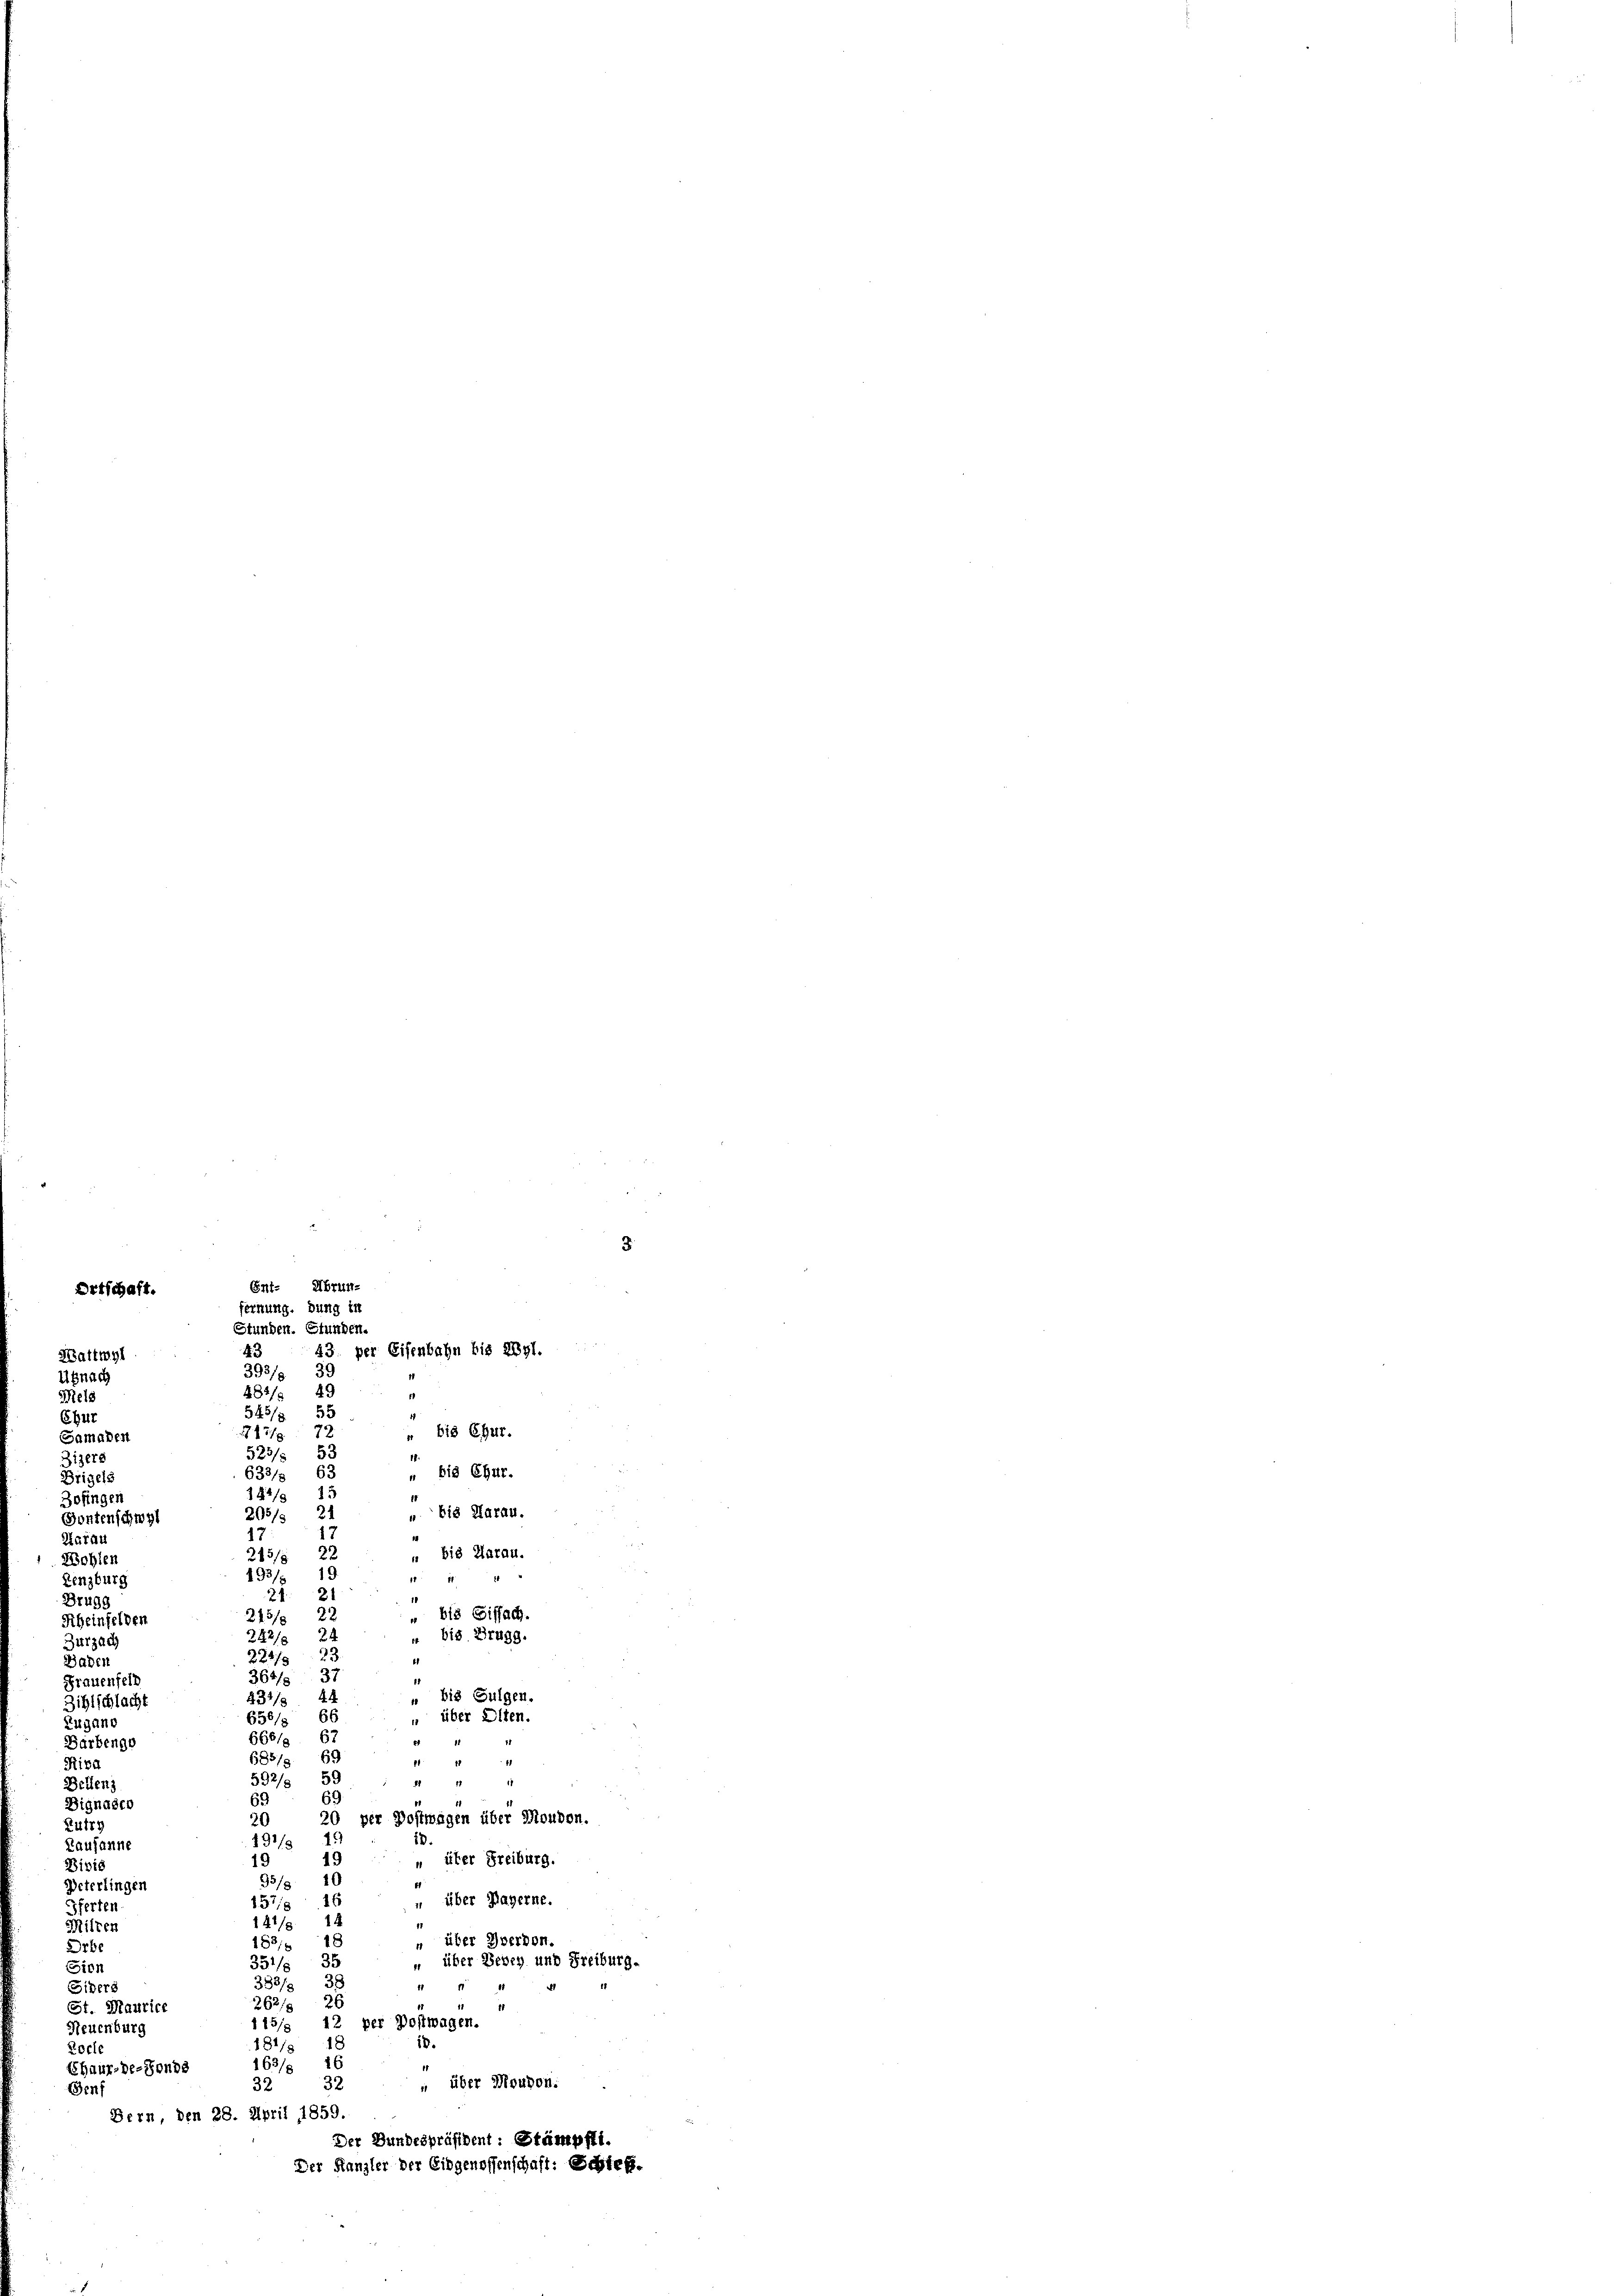
484/9 49
1
Mels
545/3 55
Chur
“ bis Chur.
14.
Bisers
" bis Chur.
633/
142/9 1
". bis darau.
2057.
17
Aarau
22
„ bis Harau.
215/8
Wohlen
493/ 19
1111
Lenzburg
2121
Drugg
" bis Siffach.
22
245/
Scheinfelden
“ bis Brugg.
22/5 24
Zurzac
227/8 25
b
Baden
367/8 37
11
Frauenfeld
" bis Sulgen.
.
8347.
Zihlschlacht
66
" über Elten.
650/
Zugano
2
67
6661.
Barbenge
685/
69
11. 11 41
Riva
592/8 59
II 71
Bellen
69
Dignaser
20 per Postwagen über Moudon.
0
Rutry
191/5 19
i
Kausanne
19
19
" über Freiburg.
Dibie
95/3 10
Peterlingen
" über Hagerne.
157/8 16
ferten
147/8 14
Nilten
" über Werden.
1
1831.
Arbe
" über Bevey und Freiburg.
351/8 35
Sien
383/
1
Siders
.
262/5 26
St. Maurice
115/5 12 per Postwagen.
Neuenburg
18.
181/8 18
Rocle
163/8 16
Chaux-de-Fonds
" über Moudon.
32 32
Senf
Bern, den 28. April 1859.
Der Bundespräsident: Stämpfti.
Der Kanzler der Eidgenossenschaft: Schtes.

Ortschaft.
Wattwyl
Usnach
Samader
Brigels
Zofingen
Fontenschwyl

Ent- Ubrun-
fernung. Dung in
Stunden. Stunden.
13. per Eisenbahn bis 2Vgl.
35
1937.

317/8 72
525/5 53